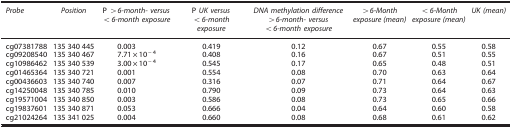
| Probe | Position | P >6-month- versus <6-month exposure | P UK versus <6-month exposure | DNA methylation difference >6-month- versus <6-month exposure | >6-Month exposure (mean) | <6-Month exposure (mean) | UK (mean) |
 | --- | --- | --- | --- | --- | --- | --- | --- |
 | cg07381788 | 135 340 445 | 0.003 | 0.419 | 0.12 | 0.67 | 0.55 | 0.58 |
 | cg09208540 | 135 340 467 | 7.71 × 10−4 | 0.408 | 0.16 | 0.67 | 0.51 | 0.55 |
 | cg10986462 | 135 340 539 | 3.00 × 10−4 | 0.545 | 0.17 | 0.65 | 0.48 | 0.51 |
 | cg01465364 | 135 340 721 | 0.001 | 0.554 | 0.08 | 0.70 | 0.63 | 0.64 |
 | cg00436603 | 135 340 740 | 0.007 | 0.316 | 0.07 | 0.71 | 0.64 | 0.67 |
 | cg14250048 | 135 340 785 | 0.010 | 0.790 | 0.09 | 0.73 | 0.64 | 0.63 |
 | cg19571004 | 135 340 850 | 0.003 | 0.586 | 0.08 | 0.73 | 0.65 | 0.66 |
 | cg19837601 | 135 340 871 | 0.053 | 0.666 | 0.04 | 0.64 | 0.60 | 0.58 |
 | cg21024264 | 135 341 025 | 0.004 | 0.660 | 0.08 | 0.68 | 0.61 | 0.62 |